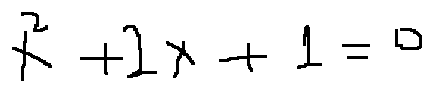
x ^ { 2 } + 2 x + 1 = 0